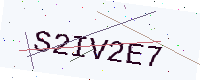
Text: S2IV2E7